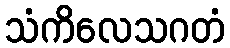
သံကိလေသဂတံ